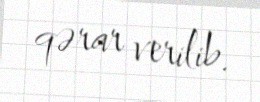
qərar verilib.